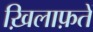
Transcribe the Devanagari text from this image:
ख़िलाफ़तें